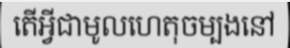
តើអ្វីជាមូលហេតុចម្បងនៅ